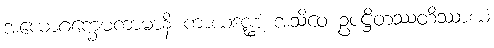
အယောဂက္ခေမကာမာနိ ကာယဒဏ္ဍံ အသိဝေ ဥပဋ္ဌိတဿတိဿာယံ